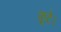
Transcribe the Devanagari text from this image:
फूटे।